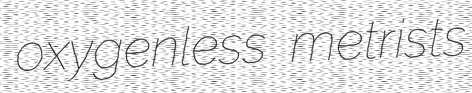
oxygenless metrists